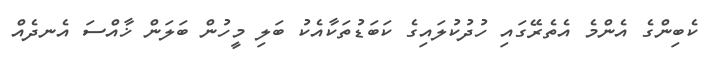
ކެބިންގެ އެންމެ އެތެރޭގައި ހުދުކުލައިގެ ކަބަޑުތަކާއެކު ބަލި މީހުން ބަލަން ޚާއްސަ އެނދެއް